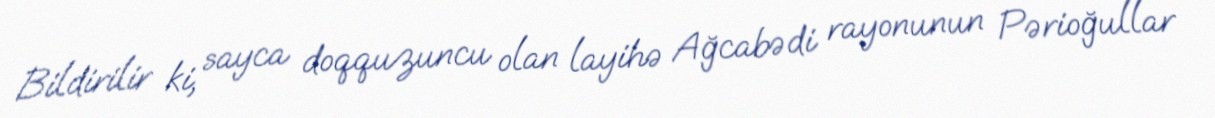
Bildirilir ki, sayca doqquzuncu olan layihə Ağcabədi rayonunun Pərioğullar